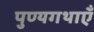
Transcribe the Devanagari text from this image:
पुण्यगथाएँ